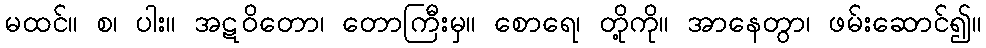
မထင်။ စ၊ ပါး။ အဋဝိတော၊ တောကြီးမှ။ စောရေ၊ တို့ကို။ အာနေတွာ၊ ဖမ်းဆောင်၍။